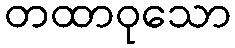
တထာဝုသော